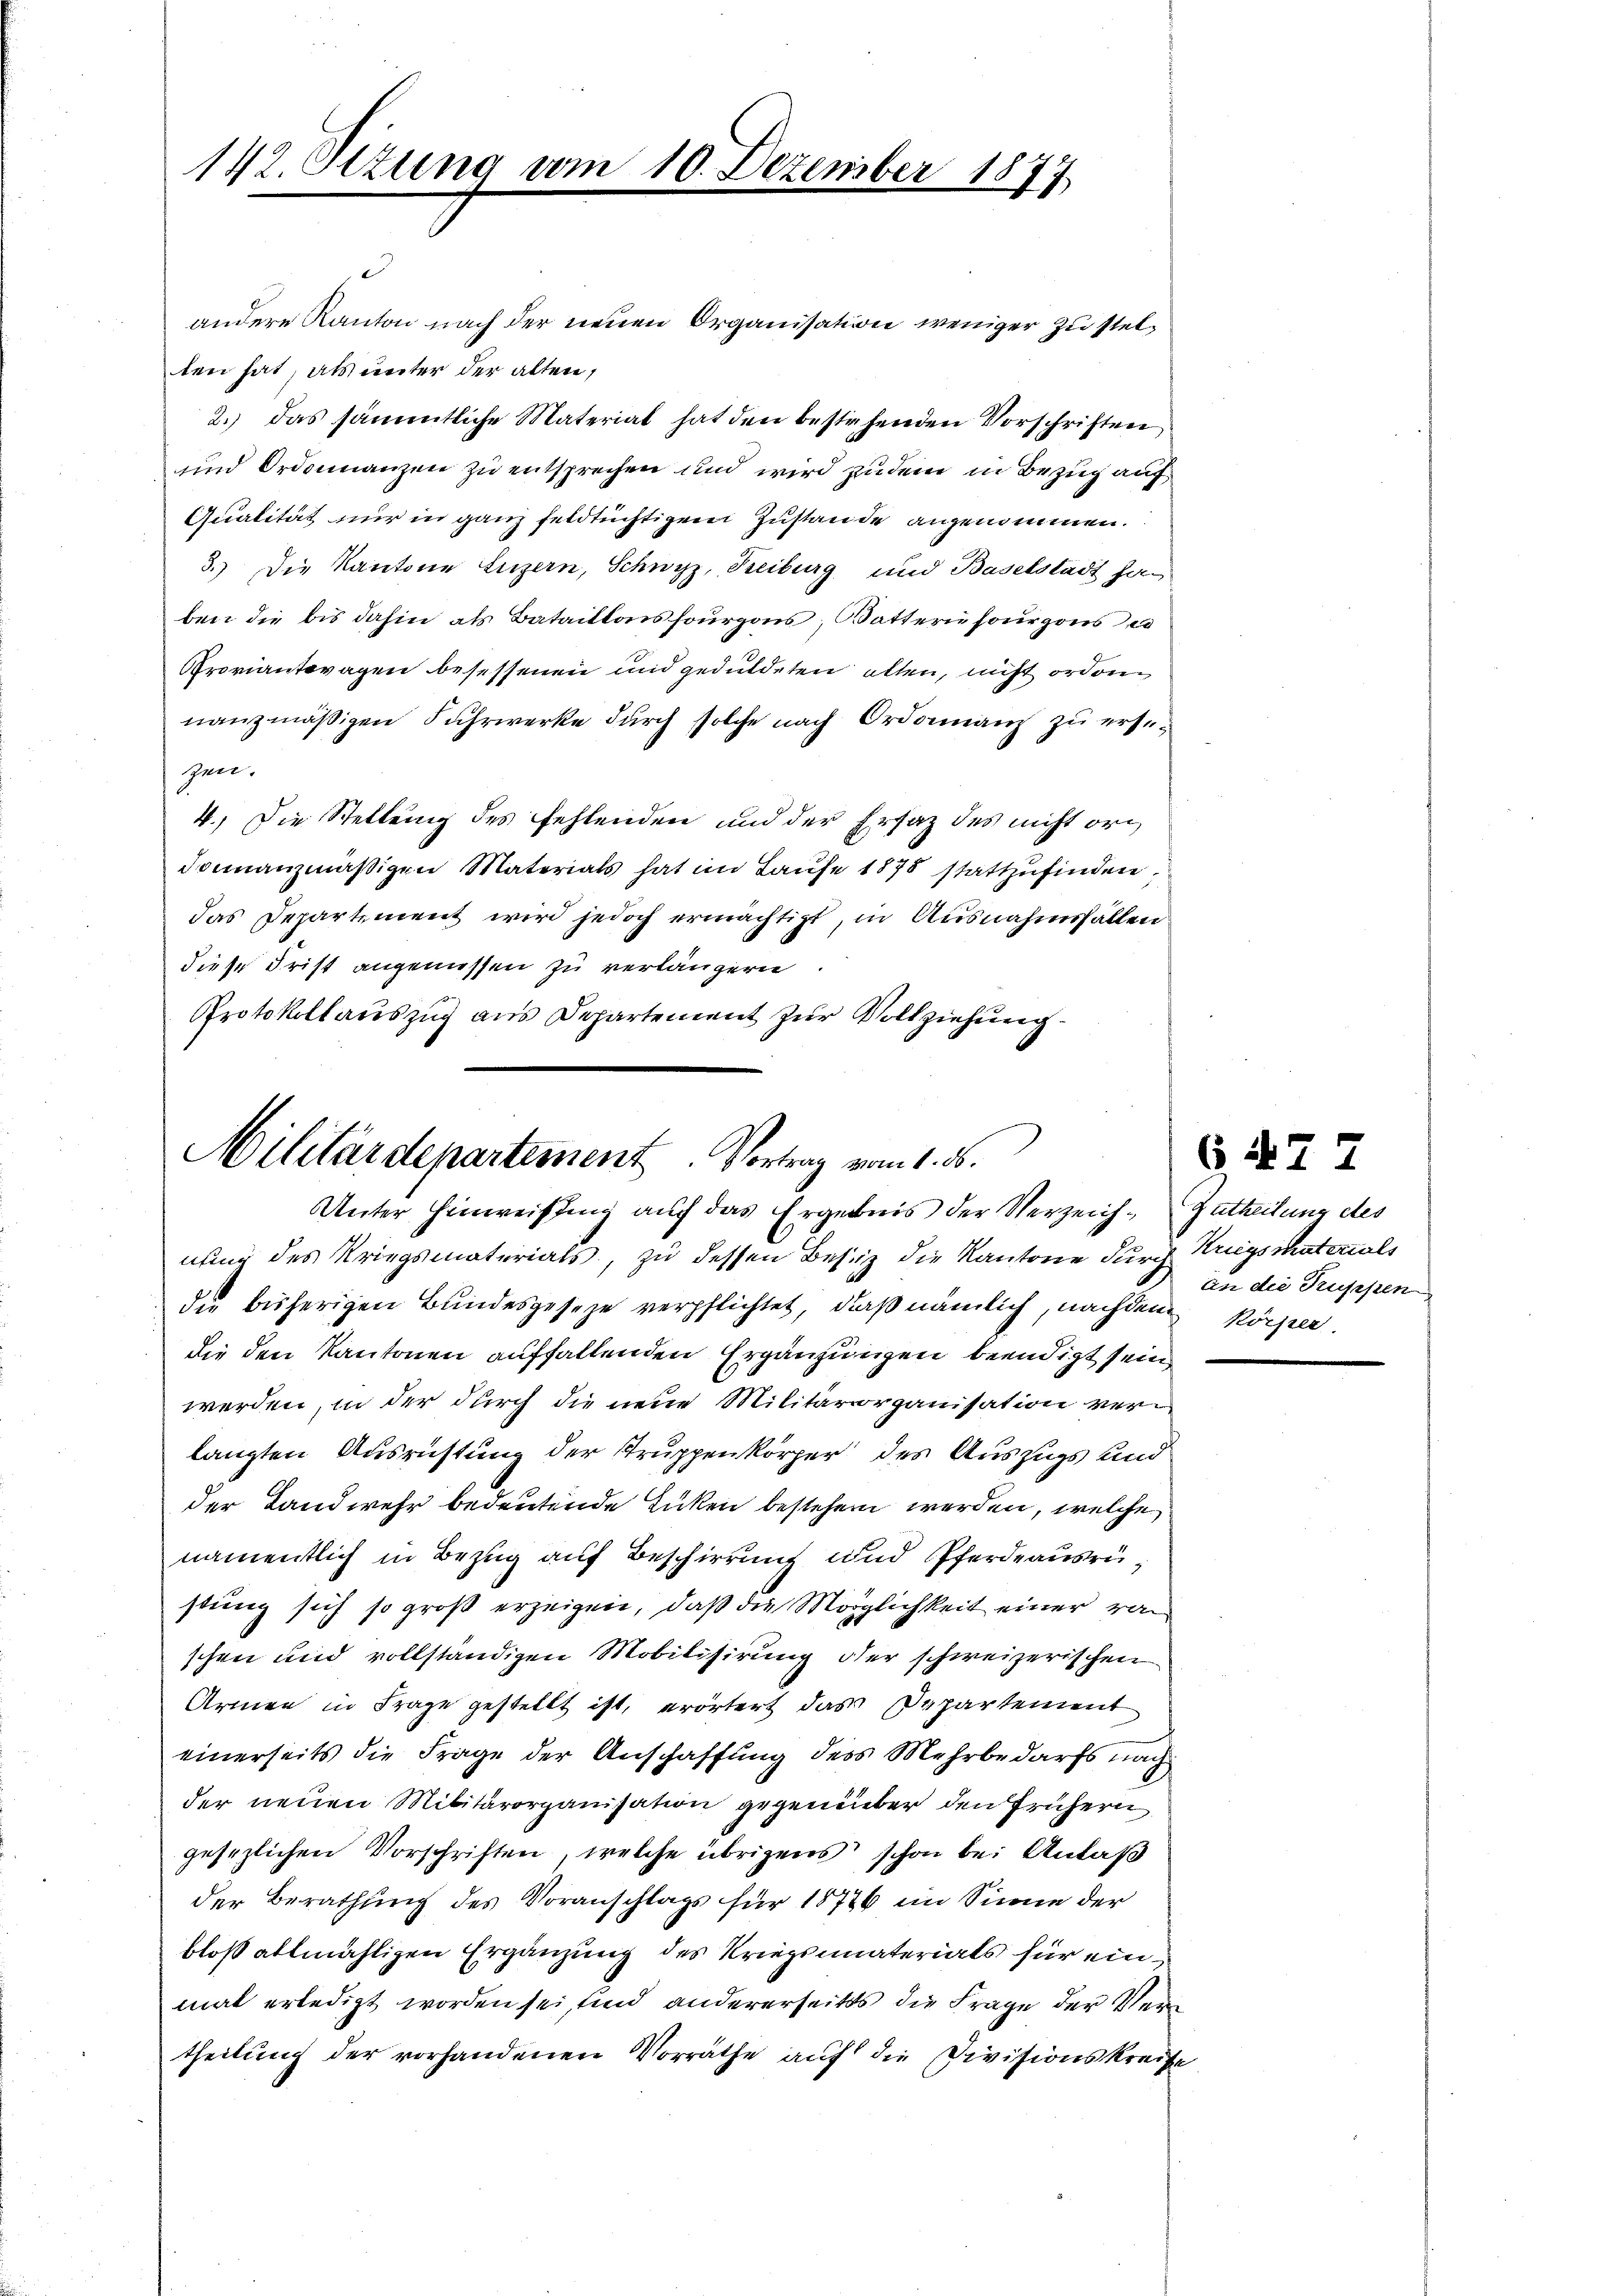
142. Stzung vom 10. Dezember 1877

andere Kanton nach der neuen Organisation weniger Zustelten hat, als unter der alten,
2.) das sämmtliche Material hat den bestehenden Vorschriften
und Ordinanzen zu entsprechen und wird zudem in Bezug auf
Qualität nur in ganz feldtüchtigem Zustande angenommen.
3.) Die Kantone Luzern, Schwyz, Reiburg und Baselstadt han
ben die bis dahin als Bataillons sourgons; Watterie sourgons es
Proviantragen besessenen und geduldeten allen, nicht ordernanzmäßigen Fuhrwerke durch solche nach Ordonnanz zu ersezen.
4.) Die Stellung des fehlenden und der Ersatz des nicht ori
donanzmäβigen Materials hat im Laŭfe 1878 stattzŭfinden,
das Departement wird jedoch ermächtigt, in Ausnahmsfallen
diese Frist angenüssen zu verlängern
Protokollauszug aus Departement zur Vollziehung

Militärdepartement. Vortrag vom 1. 56.
Unter Hinweisung auf das Ergebnis der Verzeich- Zutheilung des

nung des Kriegsmaterials, zu dessen Besiz die Kantone durch Kriegsmaterials
die bisherigen Bundesgesetze verpflichtet, daß nämlich, nachdem körper
die den Kantonen auffallenden Ergänzungen beendigt sein,
werden, in der durch die neue Militärorganisation verlangten Ausrichtung der Truppenkörper des Auszugs und
der Landwehr bedeutende Euken bestehen werden, welche
namentlich in Bezug auf Beschirrung und Pferdeausrüstung sich so groß erzeigen, daß die Möglichkeit einer von
schen und vollständigen Mobilisierung oder schweizerischen
Armen in Frage gestellt ist, erörtert das Departement
einerseits die Frage der Anschaffung des Mehrbedarfs nach
der neuen Militärorganisation gegenüber den frühern
gesezlichen Vorschriften, welche übrigens schon bei Anlaß
der Berathung des Voranschlags für 18776 im Sinne der
bloß allmähligen Ergänzung des Kriegsmaterials für einmal erledigt worden sei, und andererseits die Frage der Vertheilung der vorhandenen Vorräthe auf die Divisionskreise

G 427
an die Truppen